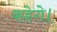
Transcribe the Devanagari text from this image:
कहेगे।